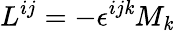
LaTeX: L^{ij}=-\epsilon^{ij\mathit{k}}M_{\mathit{k}}